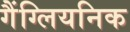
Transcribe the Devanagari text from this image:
गैंग्लियनिक